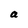
Character: a